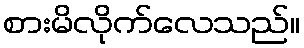
စားမိလိုက်လေသည်။